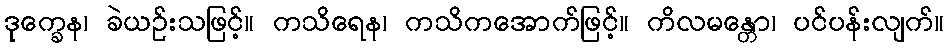
ဒုက္ခေန၊ ခဲယဉ်းသဖြင့်။ ကသိရေန၊ ကသိကအောက်ဖြင့်။ ကိလမန္တော၊ ပင်ပန်းလျက်။